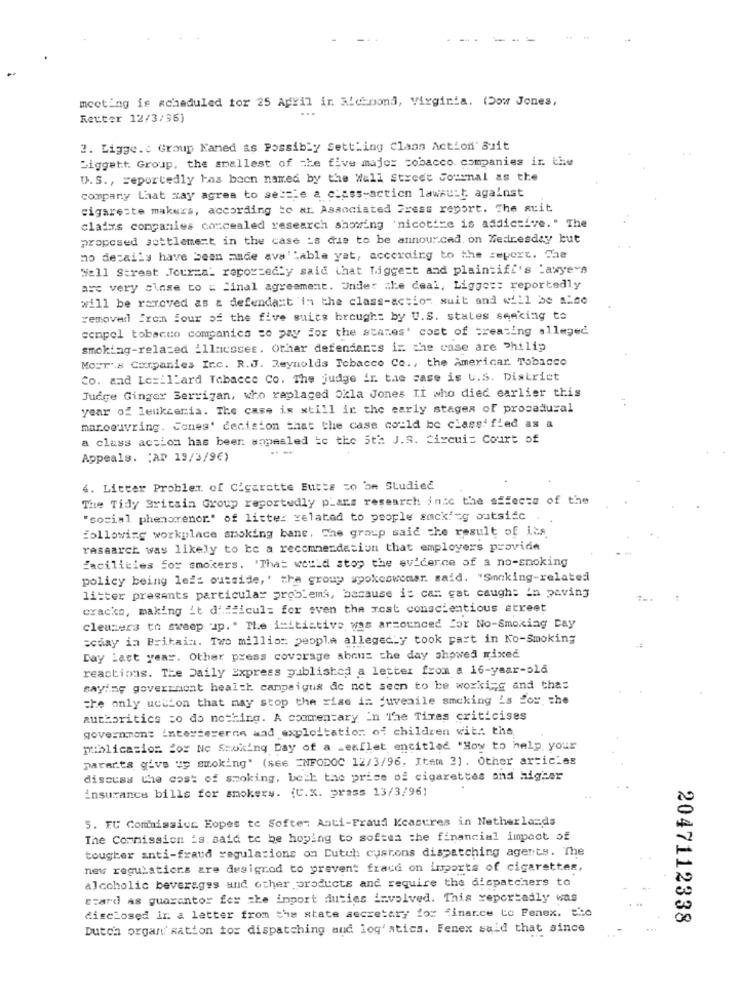
meeting is scheduled for 25 April ir Richmond, Virginia. (Dow Jones,
...
Retter 12/3/96)
2. Ligge.c Group Named as Possibly Settling Claan Action' Suit
Liggett. Group, the smallest of the five major tobacco companies in. the
U. S ., reportedly has been named by the Wall Street Journal as the
company Laat xay agree to settle a class-action lawsuit against
cigarette makers, according to ar Associated Press report. The suit
clairs companies concealed research showing 'nicotise is addictive." The
proposed settlement in the case is due to be annour.cad. on Wednesday but
no detaily have been made ava ''able yat, according to the report. The
Wall Street Journal reportedly said that biggest and plaintiff's Lawyers
asc very close to & final agreement. Under the deal, Ligger: reportedly
will be removed as & defendant'in the class-action suit and will be Alno
removed from four of the five suits brough: by U.S. states seeking to
compol tobacco companies to pay for the stames' cost of creating alleged
smoking-related illnesses. Orhar defendants iz che case are Philip
MOET's Companies Inc. R.J. Reynolds Tobacco Co ., the Americar. Tobacco
Co. and Lexiliard Tabacco Co. The judge ir. the case is U.S. District
Judge Ginger Berrigan, who replaced Okla Jones II who died earlier this
year of leukceria. The case is still in the early stages of procedural
manoeuvring. Jones' decision that the case could be classified as a
a class action has beer: appealed to the 5th J.S. circuit Court of
. -
Appeals. : AD 19/3/9€)
4. Litter Problem. of Cigarette Eutts so om Studied
The Tidy Britain Group reportedly pLars research inic the sifecto of the
"social phenomenor" of litter related to people smck'=g outside
following workplace smoking bane, The group said the result of its
rasearch was likely to be a recommendation that employers provide
facilities for smokers. 'That would stop the evidence of a no-smoking
policy being left outside,' the group spokeswoman. said. "Smoking-related
litter presents particular problemi, because it can cat caught in paving
cracks, making it difficul= for even the most conscientious street
cleusers to sweep up." The initiative was arzounced For No-Smoking Day
=cday in Britain. Two million people allegedly took part in No-Smoking
Day Last year. Other press coverage about the day showed mixed
reactions. The Daily Express published a letter from a 16-year-old
saying government health campaigns do not seen to be working and thas
the only uction that may stop the rise in juvenile smoking is for the
authorities to do nothing. A commentary in The Times criticises
governon: intarteserce and exploitation of children with the
publication for No Smoking Day of a Leaflet entitled "How to help your
parents give up smoking' (see INFODOC 12/3/96, Item 2) . Other articles
discuss the cost of smoking, beth the price of cigarettes and higher
insurance bills for smokery. (C.X. prass 13/3/96)
5. EU Commission Hopes to Soften Anti-Fraud Keasures in Netherlands
The Commission 's. said to be hoping to soften the financial impact of
tougher anti-fraud regulations on Dutch custons dispatching agents. The
new regulations are designed to prevent fraca on imports of cigarettes,
Alcoholic beverages und other products and require the dispatchers to
N
stard as guarantor fer zhe import duties involved. This reportedly was
disclosed in a letter from the state secretary for finance to Penex, etc
00
2047112338
Dutch organ' Ration tor dispatching aud log'atics. Fenex said that since